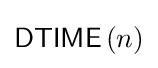
{\mathsf {DTIME}}\left(n\right)